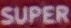
SUPER